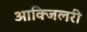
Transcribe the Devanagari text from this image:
आक्जिलरी